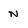
Character: n